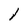
Character: l